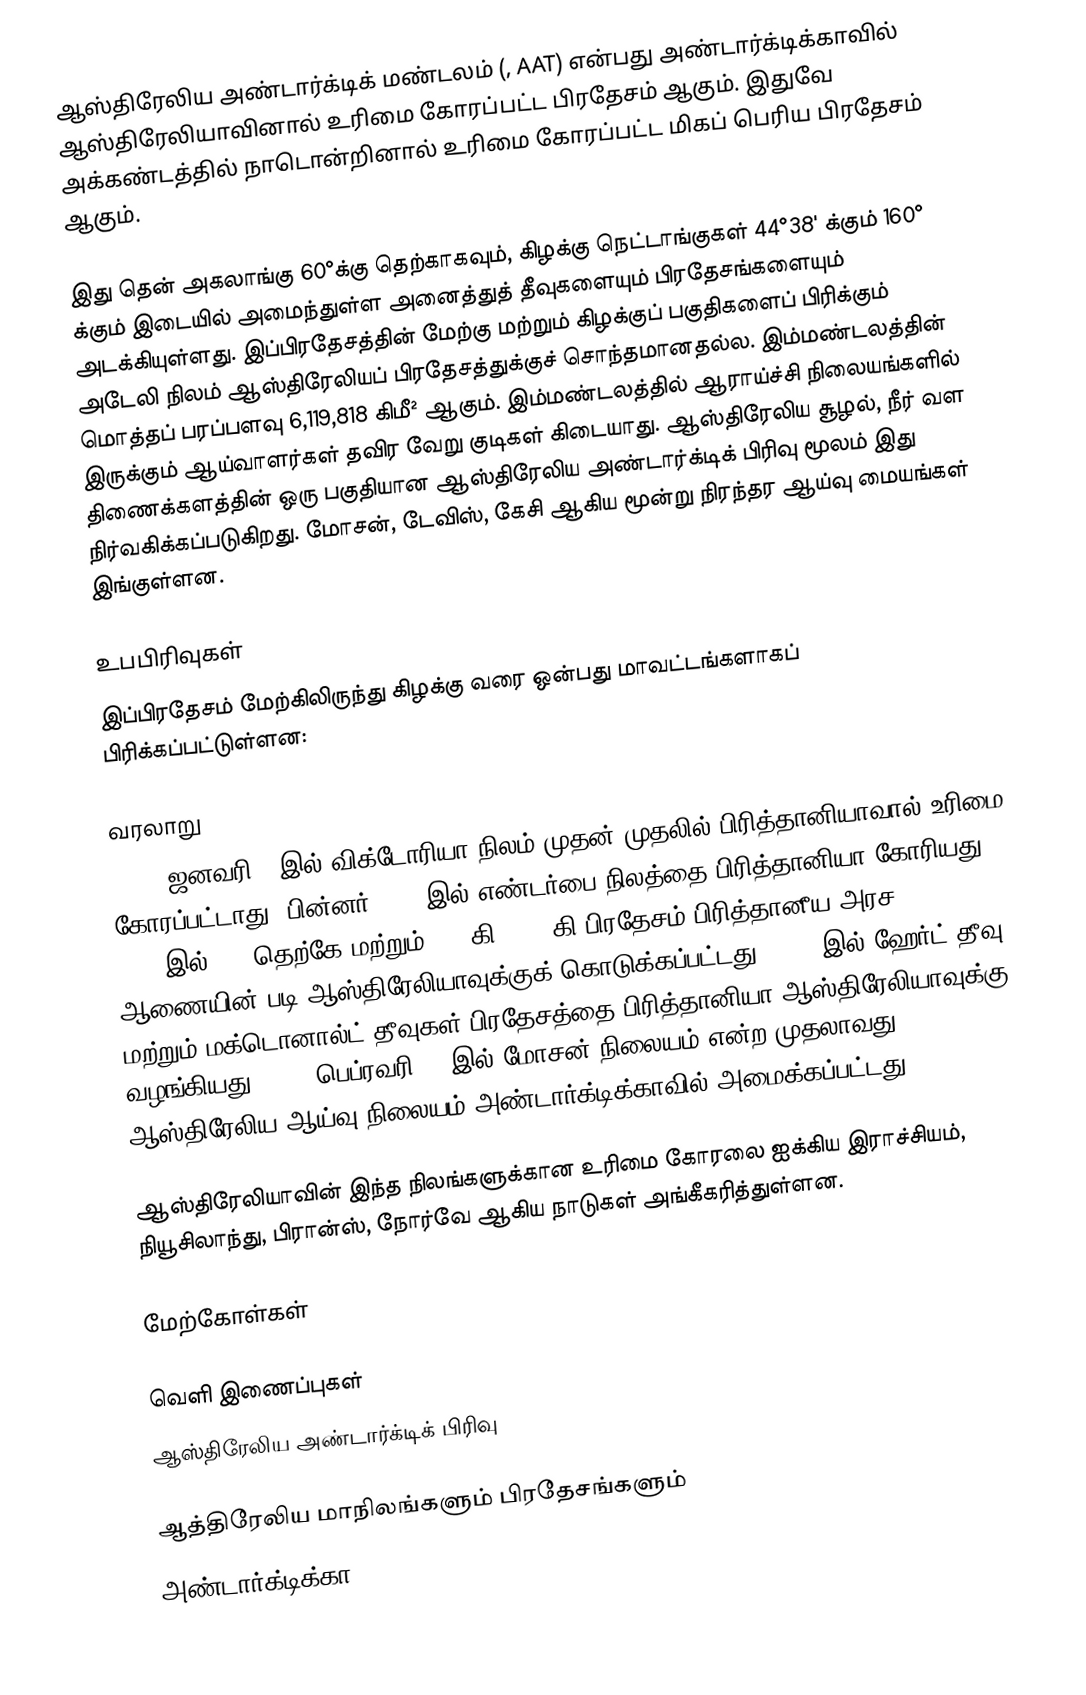
ஆஸ்திரேலிய அண்டார்க்டிக் மண்டலம் (, AAT) என்பது அண்டார்க்டிக்காவில் ஆஸ்திரேலியாவினால் உரிமை கோரப்பட்ட பிரதேசம் ஆகும். இதுவே அக்கண்டத்தில் நாடொன்றினால் உரிமை கோரப்பட்ட மிகப் பெரிய பிரதேசம் ஆகும்.

இது தென் அகலாங்கு 60°க்கு தெற்காகவும், கிழக்கு நெட்டாங்குகள் 44°38' க்கும் 160° க்கும் இடையில் அமைந்துள்ள அனைத்துத் தீவுகளையும் பிரதேசங்களையும் அடக்கியுள்ளது. இப்பிரதேசத்தின் மேற்கு மற்றும் கிழக்குப் பகுதிகளைப் பிரிக்கும் அடேலி நிலம் ஆஸ்திரேலியப் பிரதேசத்துக்குச் சொந்தமானதல்ல. இம்மண்டலத்தின் மொத்தப் பரப்பளவு 6,119,818 கிமீ² ஆகும். இம்மண்டலத்தில் ஆராய்ச்சி நிலையங்களில் இருக்கும் ஆய்வாளர்கள் தவிர வேறு குடிகள் கிடையாது. ஆஸ்திரேலிய சூழல், நீர் வள திணைக்களத்தின் ஒரு பகுதியான ஆஸ்திரேலிய அண்டார்க்டிக் பிரிவு மூலம் இது நிர்வகிக்கப்படுகிறது. மோசன், டேவிஸ், கேசி ஆகிய மூன்று நிரந்தர ஆய்வு மையங்கள் இங்குள்ளன.

உபபிரிவுகள்
இப்பிரதேசம் மேற்கிலிருந்து கிழக்கு வரை ஒன்பது மாவட்டங்களாகப் பிரிக்கப்பட்டுள்ளன:

வரலாறு
1841, ஜனவரி 9 இல் விக்டோரியா நிலம் முதன் முதலில் பிரித்தானியாவால் உரிமை கோரப்பட்டாது. பின்னர் 1930 இல் எண்டர்பை நிலத்தை பிரித்தானியா கோரியது. 1933 இல் 60° தெற்கே மற்றும் 160 கி - 45 கி பிரதேசம் பிரித்தானீய அரச ஆணையின் படி ஆஸ்திரேலியாவுக்குக் கொடுக்கப்பட்டது. 1947 இல் ஹேர்ட் தீவு மற்றும் மக்டொனால்ட் தீவுகள் பிரதேசத்தை பிரித்தானியா ஆஸ்திரேலியாவுக்கு வழங்கியது. 1954 பெப்ரவரி 13 இல் மோசன் நிலையம் என்ற முதலாவது ஆஸ்திரேலிய ஆய்வு நிலையம் அண்டார்க்டிக்காவில் அமைக்கப்பட்டது.

ஆஸ்திரேலியாவின் இந்த நிலங்களுக்கான உரிமை கோரலை ஐக்கிய இராச்சியம், நியூசிலாந்து, பிரான்ஸ், நோர்வே ஆகிய நாடுகள் அங்கீகரித்துள்ளன.

மேற்கோள்கள்

வெளி இணைப்புகள்
 ஆஸ்திரேலிய அண்டார்க்டிக் பிரிவு

ஆத்திரேலிய மாநிலங்களும் பிரதேசங்களும்
அண்டார்க்டிக்கா